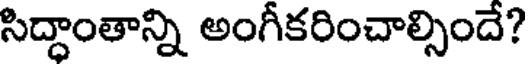
సిద్ధాంతాన్ని అంగీకరించాల్సిందే?